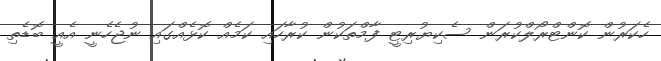
ހެކަރުން ކޮންޓްރޯލްކުރަން ސެކިޔުރިޓީ ފާމްތަކުން ކުރާހައި ކަމެއް ކޮޅެއްގައި ނުޖެހެނީ އެއީ ބޮޑެތި